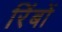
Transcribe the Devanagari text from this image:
रिंबों